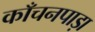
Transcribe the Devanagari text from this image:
काँचनपाड़ा